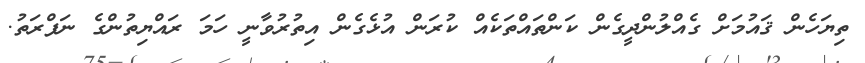
ތިޔަހެން ޤައުމަށް ގެއްލުންދީގެން ކަންތައްތަކެއް ކުރަން އުޅެގެން އިތުރުވާނީ ހަމަ ރައްޔިތުންގެ ނަފްރަތު.